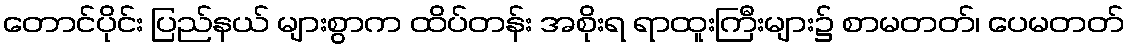
တောင်ပိုင်း ပြည်နယ် များစွာက ထိပ်တန်း အစိုးရ ရာထူးကြီးများ၌ စာမတတ်၊ ပေမတတ်